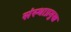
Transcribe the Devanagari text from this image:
संस्थाप्रमुख